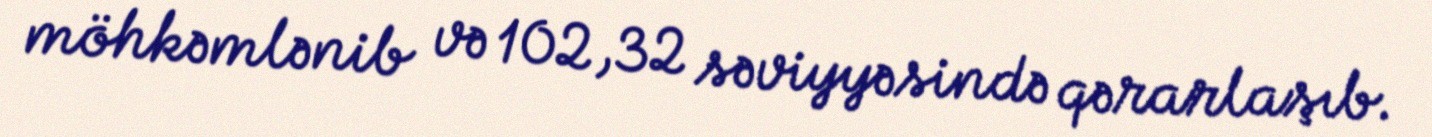
möhkəmlənib və 102,32 səviyyəsində qərarlaşıb.